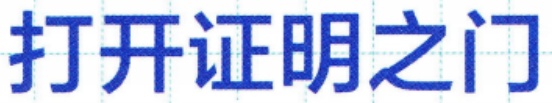
打开证明之门